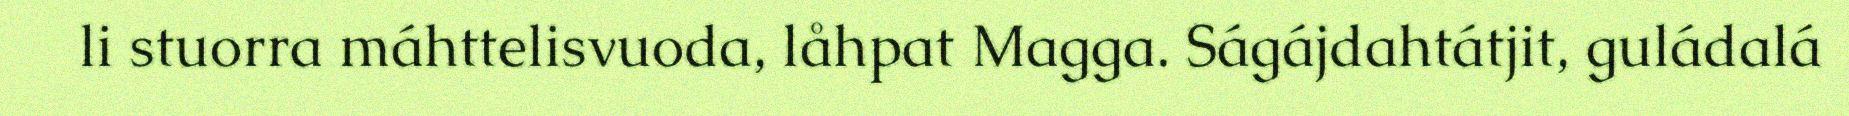
li stuorra máhttelisvuoda, låhpat Magga. Ságájdahtátjit, guládalá